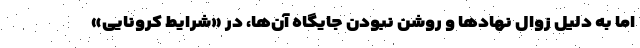
اما به دلیل زوال نهادها و روشن نبودن جایگاه آن‌ها، در «شرایط کرونایی»